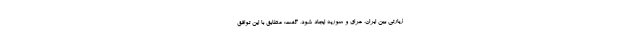
زیارتی بین ایران، عراق و سوریه ایجاد شود، گفت: مطابق با این توافق